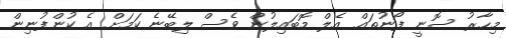
މިހާރު ސޮނީ ފޯނުތައް އެލް މޮބައިލުން ވެސް ލިބޭނެ ކަމަށް އެ ކުންފުނިން